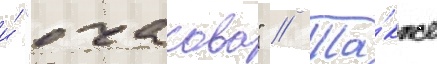
и́ "очакова" // Та́кже